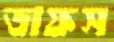
ডাফস